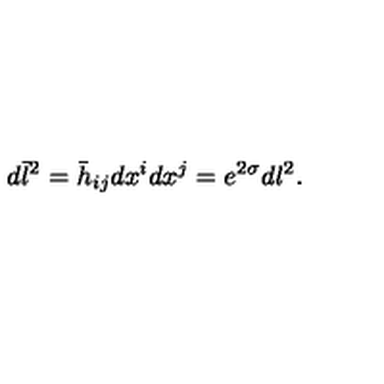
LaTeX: d \bar { l } ^ { 2 } = \bar { h } _ { i j } d x ^ { i } d x ^ { j } = e ^ { 2 \sigma } d l ^ { 2 } .